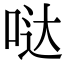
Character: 哒